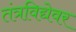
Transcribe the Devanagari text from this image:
तंत्रविद्येवर